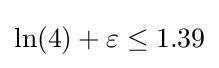
\ln(4)+\varepsilon \leq 1.39